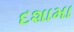
દશામા